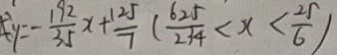
y = - \frac { 1 9 2 } { 3 5 } x + \frac { 1 2 5 } { 7 } ( \frac { 6 2 5 } { 2 3 4 } < x < \frac { 2 5 } { 6 } )